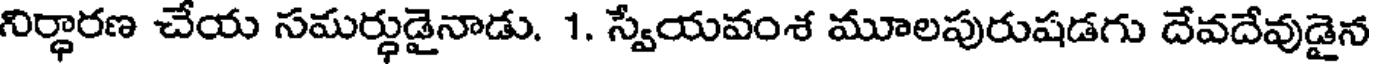
నిర్ధారణ చేయ సమర్ధుడైనాడు. 1. స్వేయవంశ మూలపురుషడగు దేవదేవుడైన